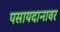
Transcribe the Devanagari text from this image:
पसायदानावर